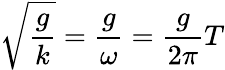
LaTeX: {\sqrt{\frac{g}{k}}}={\frac{g}{\omega}}={\frac{g}{2\pi}}T